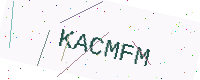
Text: KACMFM